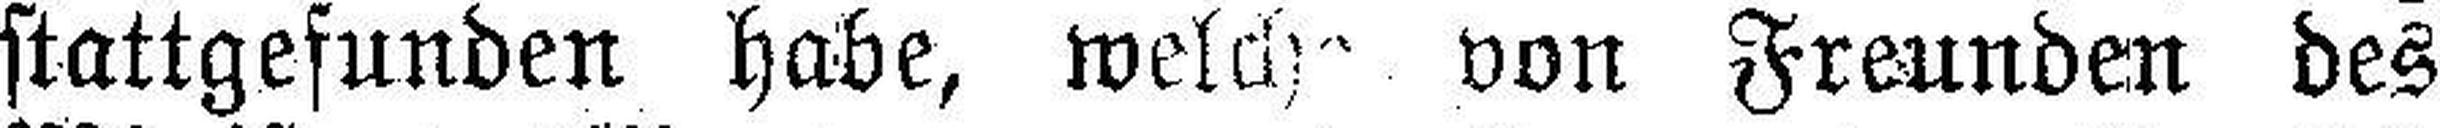
stattgefunden habe, welche von Freunden des